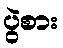
ပွဲစား